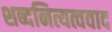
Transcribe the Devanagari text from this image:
शब्दनित्यत्ववाद